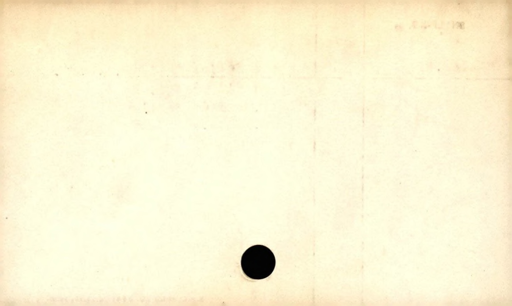
Label: blank